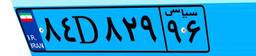
۸۹D۸۰۴۳۴